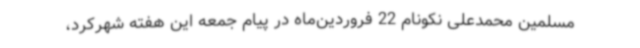
مسلمین محمدعلی نکونام 22 فروردین‌ماه در پیام جمعه این هفته شهرکرد،